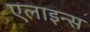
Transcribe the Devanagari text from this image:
एलाइन्स